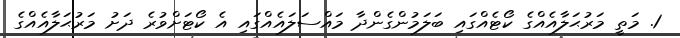
1. މަތީ މަރުޙަލާއެއްގެ ކޯޓެއްގައި ބަލަމުންގެންދާ މައްސަލައެއްގައި އެ ކޯޓަށްވުރެ ދަށު މަރުޙަލާއެއްގެ